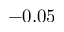
- 0 . 0 5